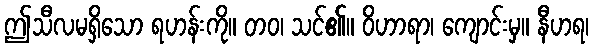
ဤသီလမရှိသော ရဟန်းကို။ တဝ၊ သင်၏။ ဝိဟာရာ၊ ကျောင်းမှ။ နီဟရ၊